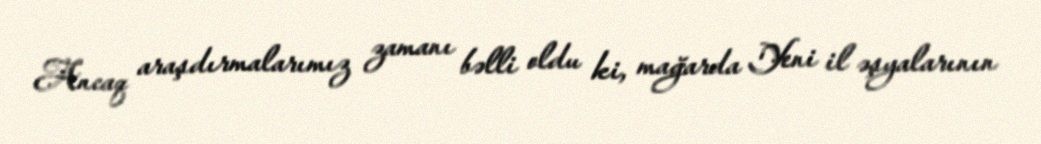
Ancaq araşdırmalarımız zamanı bəlli oldu ki, mağarda Yeni il əşyalarının